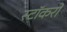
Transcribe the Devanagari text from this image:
स्टॉकरों